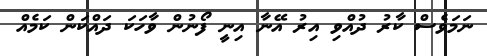
ނަމަވެސް ކާރު ދުއްވި އިރު އޭނާ އިނީ ފޯނުން ވާހަކަ ދައްކަން ކަމެއް